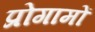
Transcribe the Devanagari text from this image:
प्रोगामों